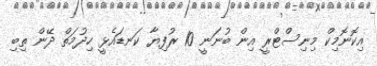
އިކޮނޮމިކް މިނިސްޓްރީ އިން ބުނަނީ 10 ރުފިޔާ ކަނޑައެޅީ ހިދުމަތް ދޭން ތިބި